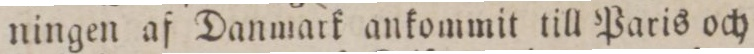
ningen af Danmark ankommit till Paris och